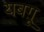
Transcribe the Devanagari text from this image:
यबग़ू